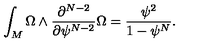
\int _ { M } \Omega \wedge \frac { \partial ^ { N - 2 } } { \partial \psi ^ { N - 2 } } \Omega = \frac { \psi ^ { 2 } } { 1 - \psi ^ { N } } .